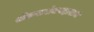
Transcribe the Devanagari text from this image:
श्रीदासबोधमहाराज